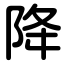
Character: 降